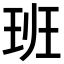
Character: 班